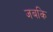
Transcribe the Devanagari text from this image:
जबकि